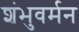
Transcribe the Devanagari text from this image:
शंभुवर्मन